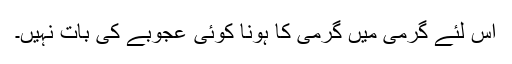
اس لئے گرمی میں گرمی کا ہونا کوئی عجوبے کی بات نہیں۔